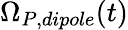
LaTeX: \Omega_{P,dipole}(t)